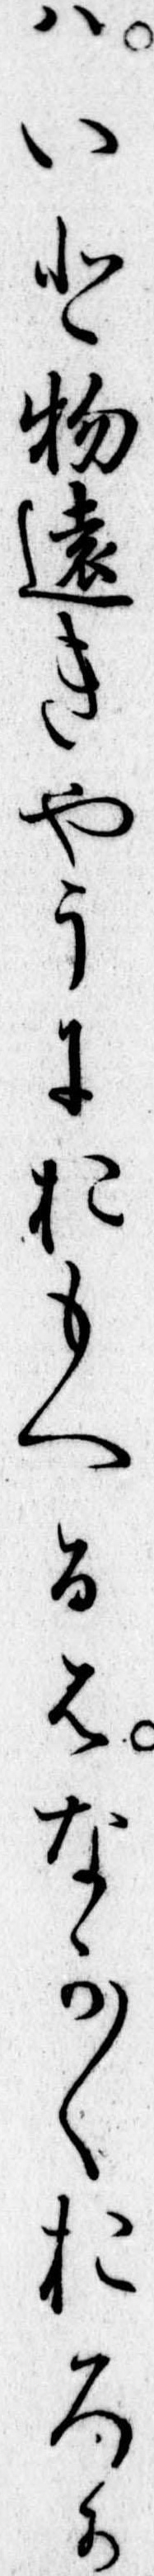
はいと物遠きやうにおもへるはなか〱おろか